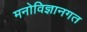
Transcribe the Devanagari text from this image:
मनोविज्ञानगत